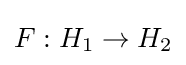
F:H_{1}\rightarrow H_{2}